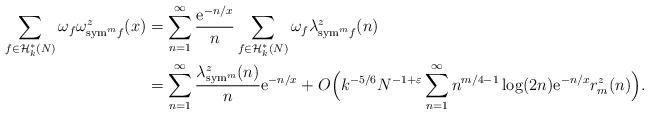
LaTeX: \begin{align*}\sum_{f\in \mathcal{H}^*_k(N)} \omega_f \omega^z_{{\rm sym}^m f}(x)& = \sum_{n=1}^{\infty}\frac{{\rm e}^{-n/x}}{n}\sum_{f\in \mathcal{H}^*_k(N)}\omega_f\lambda^z_{{\rm sym}^m f}(n)\\& = \sum_{n=1}^{\infty} \frac{\lambda^z_{{\rm sym}^m}(n)}{n}{\rm e}^{-n/x}+ O\Big(k^{-5/6}N^{-1+\varepsilon}\sum_{n=1}^{\infty}n^{m/4-1}\log(2n){\rm e}^{-n/x}r_m^z(n)\Big).\end{align*}